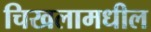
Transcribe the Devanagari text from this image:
चिखलामधील